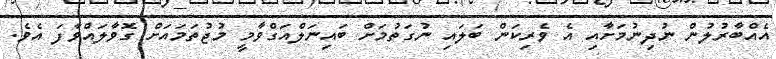
އެއްބާރުލުން ނުދިނުމަށާއި އެ ވެރިކަން ބަލައި ނުގަތުމަށް ބައިނަލްއަގްވާމީ މުޖުތަމައަށް ގޮވާލައްވާފަ އެވެ.